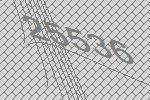
25536